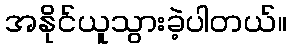
အနိုင်ယူသွားခဲ့ပါတယ်။